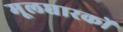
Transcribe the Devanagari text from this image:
मूलधारकों